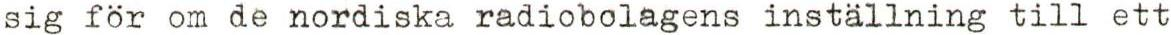
sig för om de nordiska radiobolagens inställning till ett